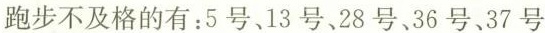
跑步不及格的有：5号、13号、28号、36号、37号